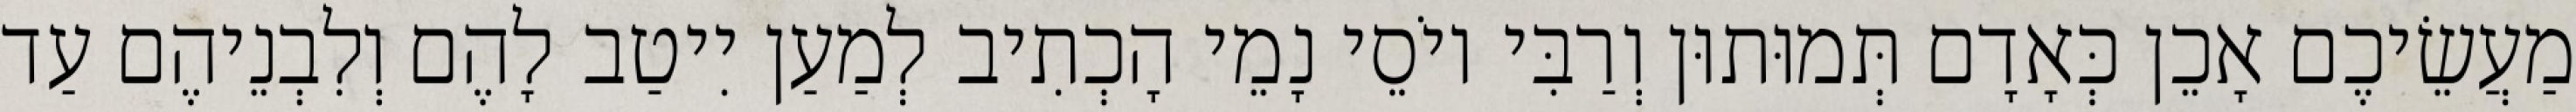
מַעֲשֵׂיכֶם אָכֵן כְּאָדָם תְּמוּתוּן וְרַבִּי יוֹסֵי נָמֵי הָכְתִיב לְמַעַן יִיטַב לָהֶם וְלִבְנֵיהֶם עַד